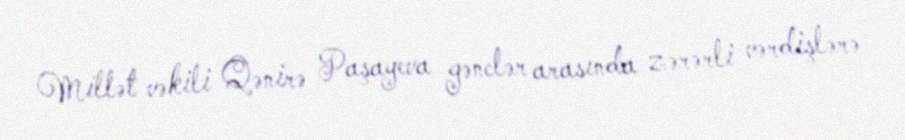
Millət vəkili Qənirə Paşayeva gənclər arasında zərərli vərdişlərə